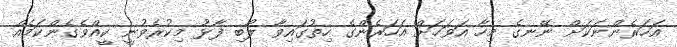
އަހަރެންނަކަށް ނޭނގެ މިހާ އަވަހަށް އަހަރެންގެ ހިތުގައިވާ ލޯބި ފާޅު މިކުރެވުނީ ކީއްވެގެންކަމެއް